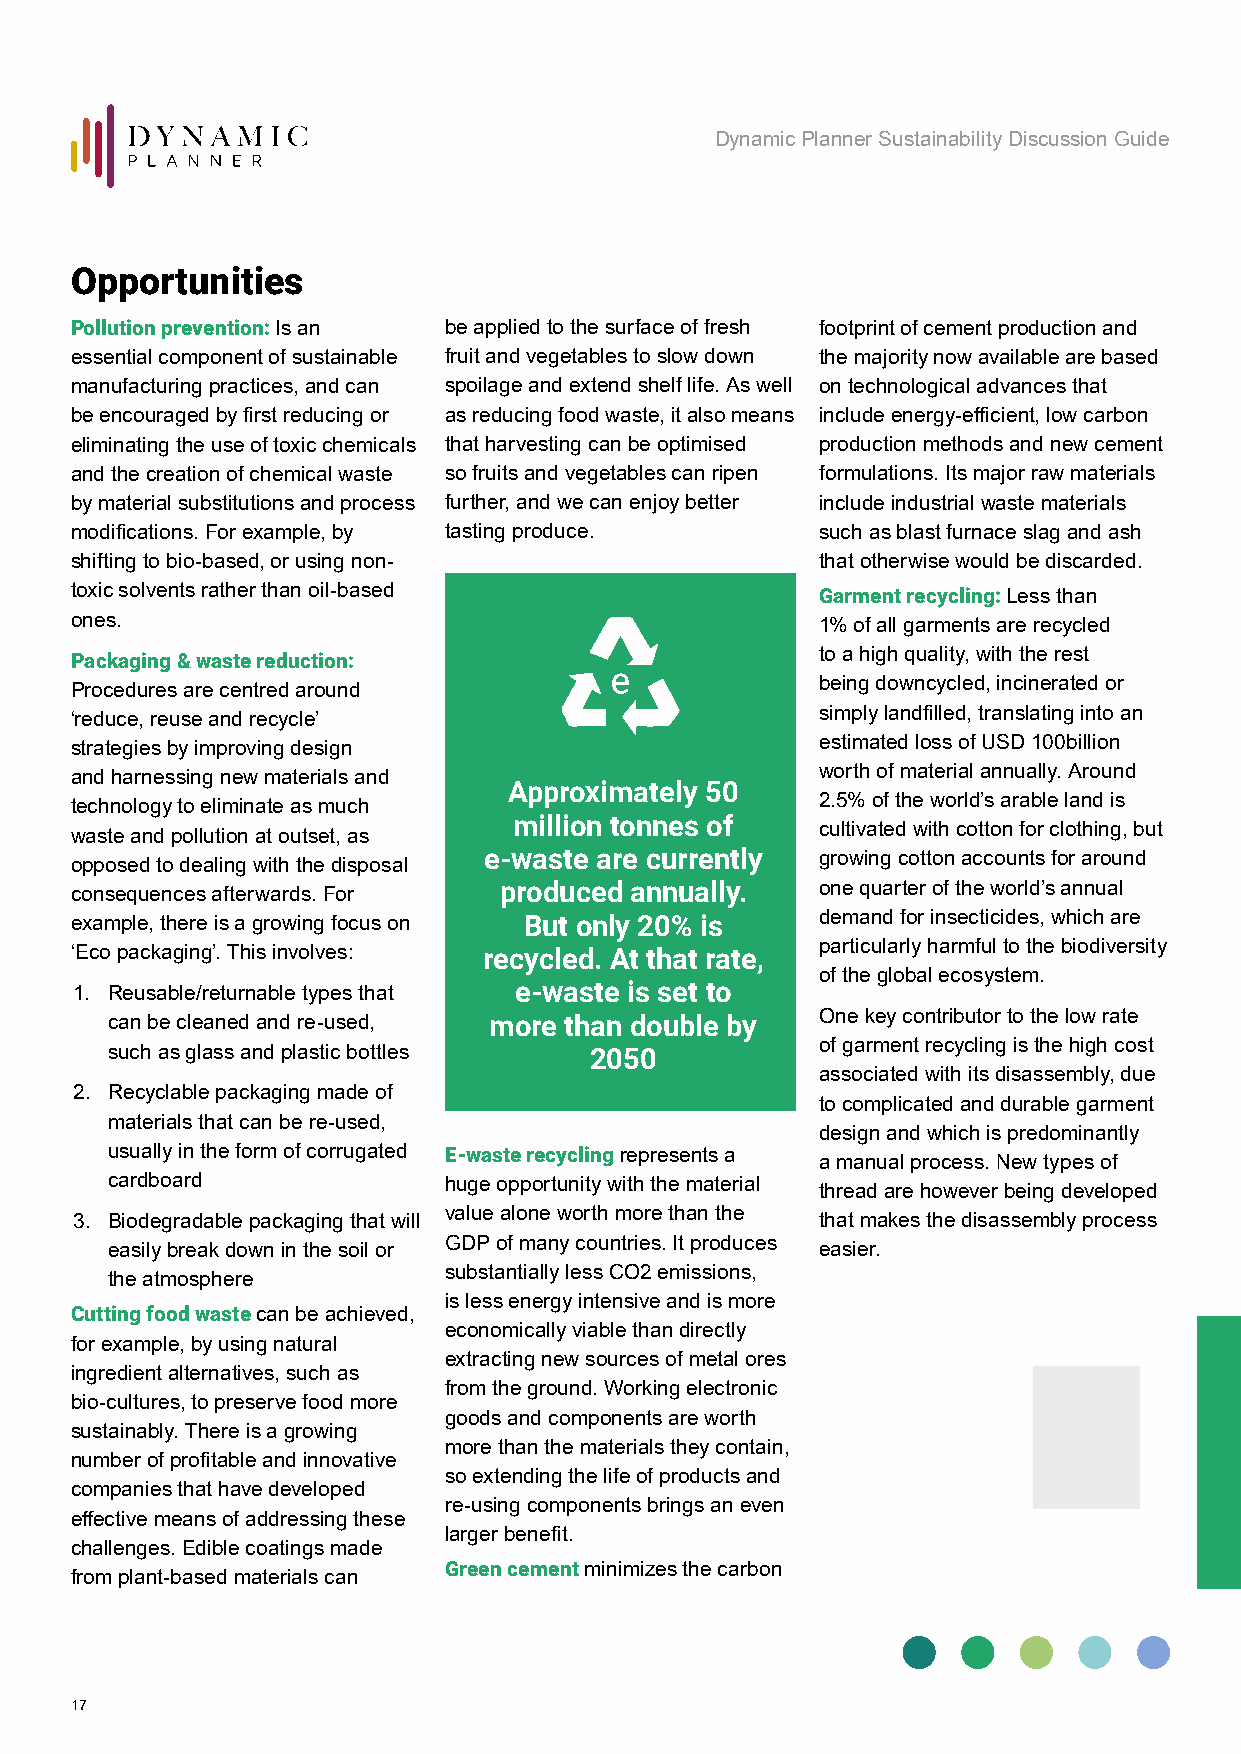
Dynamic Planner Sustainability Discussion Guide
 Opportunities
 Pollution prevention: Is an be applied to the surface of fresh footprint of cement production and
 essential component of sustainable fruit and vegetables to slow down the majority now available are based
 manufacturing practices, and can spoilage and extend shelf life. As well on technological advances that
 be encouraged by first reducing or as reducing food waste, it also means include energy-efficient, low carbon
 eliminating the use of toxic chemicals that harvesting can be optimised production methods and new cement
 and the creation of chemical waste so fruits and vegetables can ripen formulations. Its major raw materials
 by material substitutions and process further, and we can enjoy better include industrial waste materials
 modifications. For example, by tasting produce.  such as blast furnace slag and ash
 shifting to bio-based, or using non-             that otherwise would be discarded.
 toxic solvents rather than oil-based             Garment recycling: Less than
 ones.                                            1% of all garments are recycled
 Packaging & waste reduction:                     to a high quality, with the rest
 being downcycled, incinerated or
 Procedures are centred around
 simply landfilled, translating into an
 ‘reduce, reuse and recycle’
 estimated loss of USD 100billion
 strategies by improving design
 worth of material annually. Around
 and harnessing new materials and
 Approximately 50
 2.5% of the world’s arable land is
 technology to eliminate as much
 million tonnes of
 cultivated with cotton for clothing, but
 waste and pollution at outset, as
 e-waste are currently growing cotton accounts for around
 opposed to dealing with the disposal
 consequences afterwards. For produced annually.  one quarter of the world’s annual
 example, there is a growing focus on But only 20% is demand for insecticides, which are
 particularly harmful to the biodiversity
 ‘Eco packaging’. This involves: recycled. At that rate,
 of the global ecosystem.
 1. Reusable/returnable types that e-waste is set to
 can be cleaned and re-used, more than double by One key contributor to the low rate
 of garment recycling is the high cost
 such as glass and plastic bottles 2050
 associated with its disassembly, due
 2. Recyclable packaging made of
 to complicated and durable garment
 materials that can be re-used,
 design and which is predominantly
 usually in the form of corrugated E-waste recycling represents a
 a manual process. New types of
 cardboard             huge opportunity with the material
 thread are however being developed
 value alone worth more than the
 3. Biodegradable packaging that will             that makes the disassembly process
 GDP of many countries. It produces
 easily break down in the soil or               easier.
 substantially less CO2 emissions,
 the atmosphere
 is less energy intensive and is more
 Cutting food waste can be achieved,
 economically viable than directly
 for example, by using natural
 extracting new sources of metal ores
 ingredient alternatives, such as
 from the ground. Working electronic
 bio-cultures, to preserve food more
 goods and components are worth
 sustainably. There is a growing
 more than the materials they contain,
 number of profitable and innovative
 so extending the life of products and
 companies that have developed
 re-using components brings an even
 effective means of addressing these
 larger benefit.
 challenges. Edible coatings made
 Green cement minimizes the carbon
 from plant-based materials can
 17